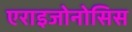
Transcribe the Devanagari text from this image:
एराइजोनोसिस